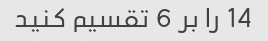
14 را بر 6 تقسیم کنید